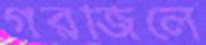
গরজিলে